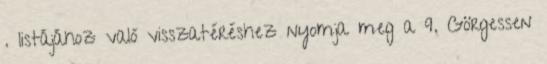
. listájához való visszatéréshez nyomja meg a 9. Görgessen